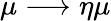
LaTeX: \mu\longrightarrow\eta\mu